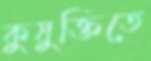
কুযুক্তিতে